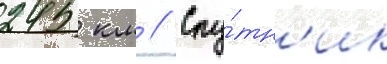
245 км // Спу́тн'ик